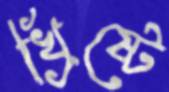
খ্রিষ্টে